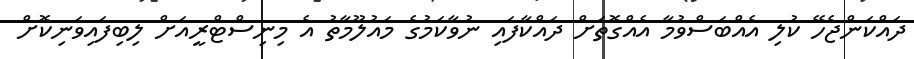
ދައްކަންޖެހޭ ކުލި އެއްބަސްވުމާ އެއްގޮތަށް ދައްކާފައި ނުވާކަމުގެ މައުލޫމާތު އެ މިނިސްޓްރީއަށް ލިބިފައިވަނިކޮށް